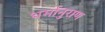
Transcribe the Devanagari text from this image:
धर्मानुराण